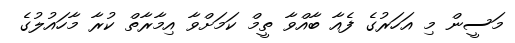
މަސީން މި އަހަރުގެ ފެއާ ބާއްވާ ތީމް ކަމަށްވާ އިމާރާތް ކުރާ މާހައުލުގެ